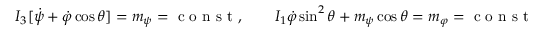
\begin{array} { r } { I _ { 3 } [ \dot { \psi } + \dot { \varphi } \cos \theta ] = m _ { \psi } = \mathrm { ~ c ~ o ~ n ~ s ~ t ~ } , \qquad I _ { 1 } \dot { \varphi } \sin ^ { 2 } \theta + m _ { \psi } \cos \theta = m _ { \varphi } = \mathrm { ~ c ~ o ~ n ~ s ~ t ~ } . } \end{array}